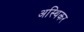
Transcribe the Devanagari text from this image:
अस्थिकर